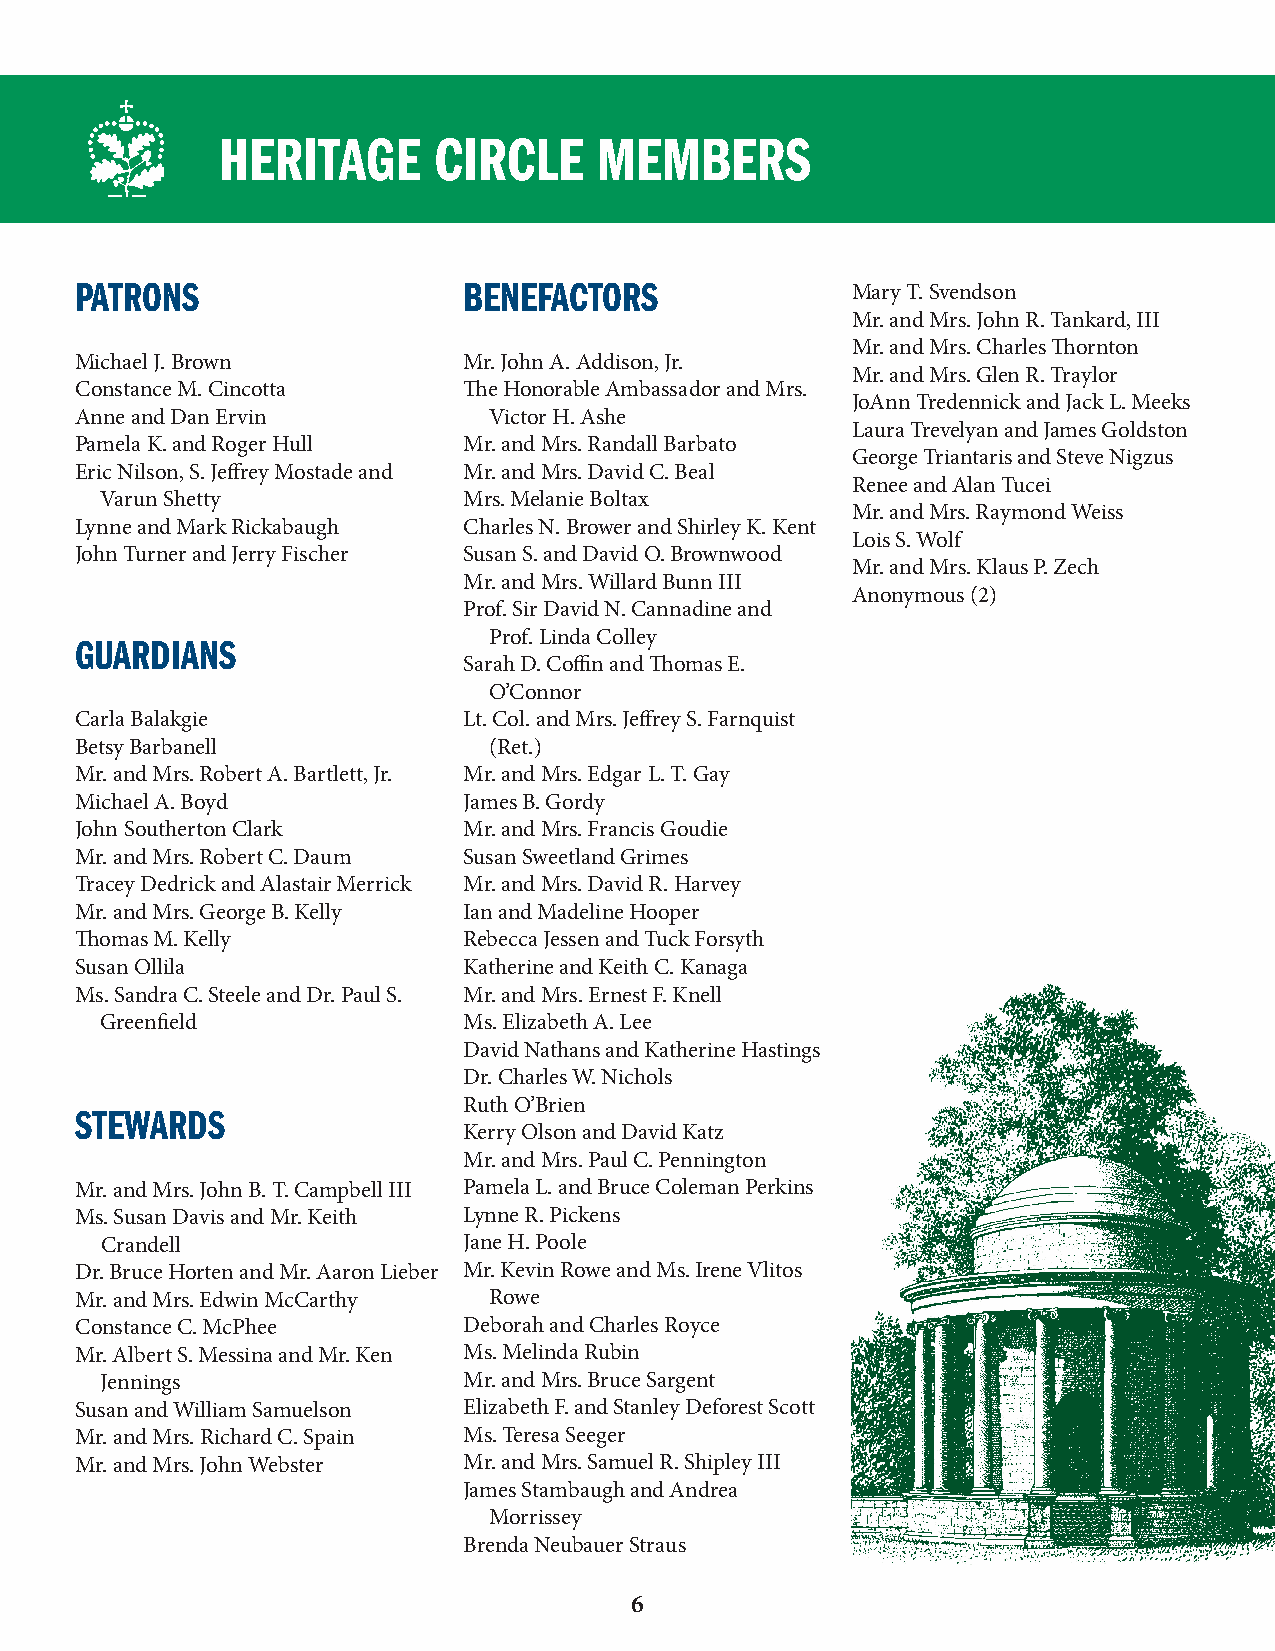
HERITAGE       CIRCLE     MEMBERS
 PATRONS                   BENEFACTORS              Mary T. Svendson
 Mr. and Mrs. John R. Tankard, III
 Mr. and Mrs. Charles Thornton
 Michael J. Brown          Mr. John A. Addison, Jr.
 Mr. and Mrs. Glen R. Traylor
 Constance M. Cincotta     The Honorable Ambassador and Mrs.
 JoAnn Tredennick and Jack L. Meeks
 Anne and Dan Ervin         Victor H. Ashe
 Laura Trevelyan and James Goldston
 Pamela K. and Roger Hull  Mr. and Mrs. Randall Barbato
 George Triantaris and Steve Nigzus
 Eric Nilson, S. Jeffrey Mostade and Mr. and Mrs. David C. Beal
 Renee and Alan Tucei
 Varun Shetty            Mrs. Melanie Boltax
 Mr. and Mrs. Raymond Weiss
 Lynne and Mark Rickabaugh Charles N. Brower and Shirley K. Kent
 Lois S. Wolf
 John Turner and Jerry Fischer Susan S. and David O. Brownwood
 Mr. and Mrs. Klaus P. Zech
 Mr. and Mrs. Willard Bunn III
 Anonymous (2)
 Prof. Sir David N. Cannadine and
 Prof. Linda Colley
 GUARDIANS
 Sarah D. Coffin and Thomas E.
 O’Connor
 Carla Balakgie            Lt. Col. and Mrs. Jeffrey S. Farnquist
 Betsy Barbanell            (Ret.)
 Mr. and Mrs. Robert A. Bartlett, Jr. Mr. and Mrs. Edgar L. T. Gay
 Michael A. Boyd           James B. Gordy
 John Southerton Clark     Mr. and Mrs. Francis Goudie
 Mr. and Mrs. Robert C. Daum Susan Sweetland Grimes
 Tracey Dedrick and Alastair Merrick Mr. and Mrs. David R. Harvey
 Mr. and Mrs. George B. Kelly Ian and Madeline Hooper
 Thomas M. Kelly           Rebecca Jessen and Tuck Forsyth
 Susan Ollila              Katherine and Keith C. Kanaga
 Ms. Sandra C. Steele and Dr. Paul S. Mr. and Mrs. Ernest F. Knell
 Greenfield              Ms. Elizabeth A. Lee
 David Nathans and Katherine Hastings
 Dr. Charles W. Nichols
 Ruth O’Brien
 STEWARDS
 Kerry Olson and David Katz
 Mr. and Mrs. Paul C. Pennington
 Mr. and Mrs. John B. T. Campbell III Pamela L. and Bruce Coleman Perkins
 Ms. Susan Davis and Mr. Keith Lynne R. Pickens
 Crandell                Jane H. Poole
 Dr. Bruce Horten and Mr. Aaron Lieber Mr. Kevin Rowe and Ms. Irene Vlitos
 Mr. and Mrs. Edwin McCarthy Rowe
 Constance C. McPhee       Deborah and Charles Royce
 Mr. Albert S. Messina and Mr. Ken Ms. Melinda Rubin
 Jennings                Mr. and Mrs. Bruce Sargent
 Susan and William Samuelson Elizabeth F. and Stanley Deforest Scott
 Mr. and Mrs. Richard C. Spain Ms. Teresa Seeger
 Mr. and Mrs. John Webster Mr. and Mrs. Samuel R. Shipley III
 James Stambaugh and Andrea
 Morrissey
 Brenda Neubauer Straus
 6